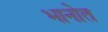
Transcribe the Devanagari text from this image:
भानोत